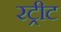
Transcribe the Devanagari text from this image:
रट्रीट